Civil Veterinary Dept. Bombay admin report 1914-1922 - 1914-1922
Year: 1914
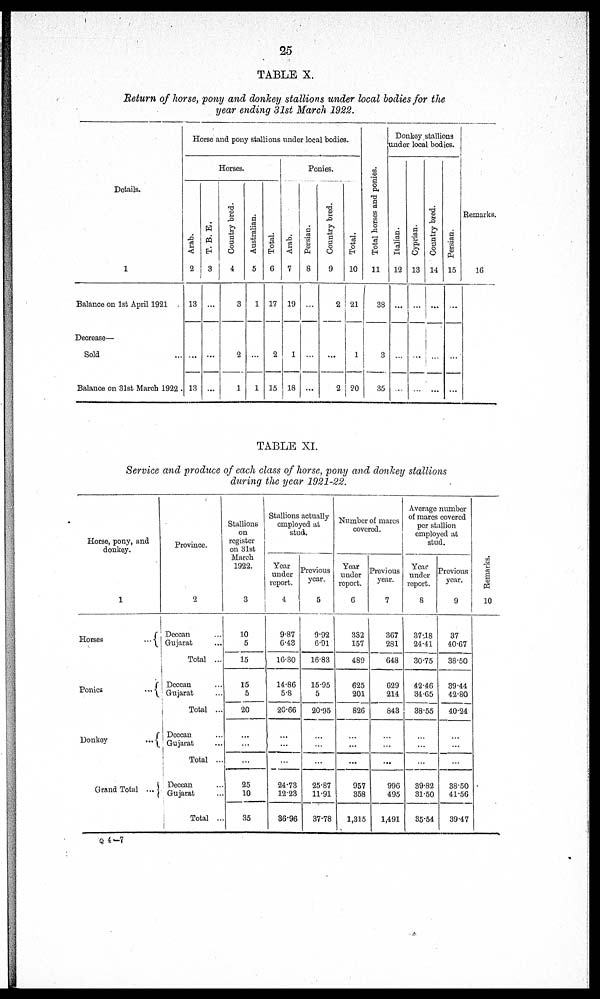
25
TABLE X.
Return of horse, pony and donkey stallions under local bodies for the
year ending 31st March 1922.
Details.
1
Balance on 1st April 1921
Decrease—
Sold ...
Balance on 31st March 1922 .
Horse and pony stallions under local bodies.
Horses.
Arab.
2
13
...
13
T. B. E.
3
...
...
...
Country bred.
4
3
2
1
Australian.
5
1
...
1
Total.
6
17
2
15
Ponies.
Arab.
7
19
1
18
Persian.
8
...
...
...
Country bred.
9
2
...
2
Total.
10
21
1
20
Tot al hor s es and ponies.
11
38
3
35
Donkey stallions
under local bodies.
Italian.
12
...
...
...
Cyprian.
13
...
...
...
Count r y bred.
14
...
...
...
Per s i
an.
15
...
...
...
Remarks.
16
TABLE XI.
Service and produce of each class of horse, pony and donkey stallions
during the year 1921-22.
Horse, pony, and
donkey.
1
Horses
...
Ponies
...
Donkey
...
Grand Total ...
Province.
2
Deccan ...
Gujarat ...
Total ...
Deccan ...
Gujarat ...
Total ...
Deccan ...
Gujarat ...
Total ...
Deccan ...
Gujarat ...
Total ...
Stallions
on
register
on 31st
March
1922.
3
10
5
15
15
5
20
...
...
...
25
10
35
Stallions actually
employed at
stud.
Year
under
report.
4
9.87
6.43
16.30
14.86
5.8
20.66
...
...
...
24.73
12.23
36.96
Previous
year.
5
9.92
6.91
16.83
15.95
5
20.95
...
...
...
25.87
11.91
37.78
Number of mares
covered.
Year
under
report.
6
332
157
489
625
201
826
...
...
...
957
358
1,315
Previous
year.
7
367
281
648
629
214
843
...
...
...
996
495
1,491
Average number
of mares covered
per stallion
employed at
stud.
Year
under
report.
8
37.18
24.41
30.75
42.46
34.65
38.55
...
...
...
39.82
31.50
35.54
Previous
year.
9
37
40.67
38.50
39.44
42.80
40.24
...
...
...
38.50
41.56
39.47
Remarks.
10
Q 4-7